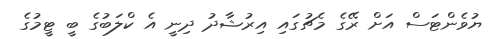
ޔުވެންޓަސް އަށް ރޭގެ މެޗުގައި އިރުޝާދު ދިނީ އެ ކްލަބުގެ ބީ ޓީމުގެ